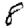
Digit: 8